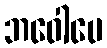
ဘဝေါပေ